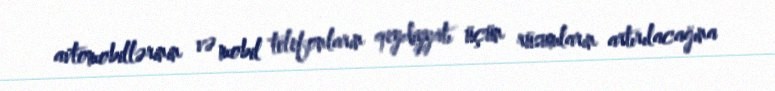
avtomobillərinin və mobil telefonların qeydiyyatı üçün rüsumların artırılacağına